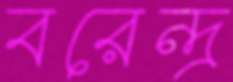
বরেন্দ্র